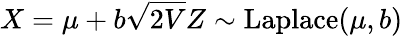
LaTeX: X=\mu+b{\sqrt{2V}}Z\sim\mathrm{Laplace}(\mu,b)